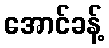
အောင်ခန့်